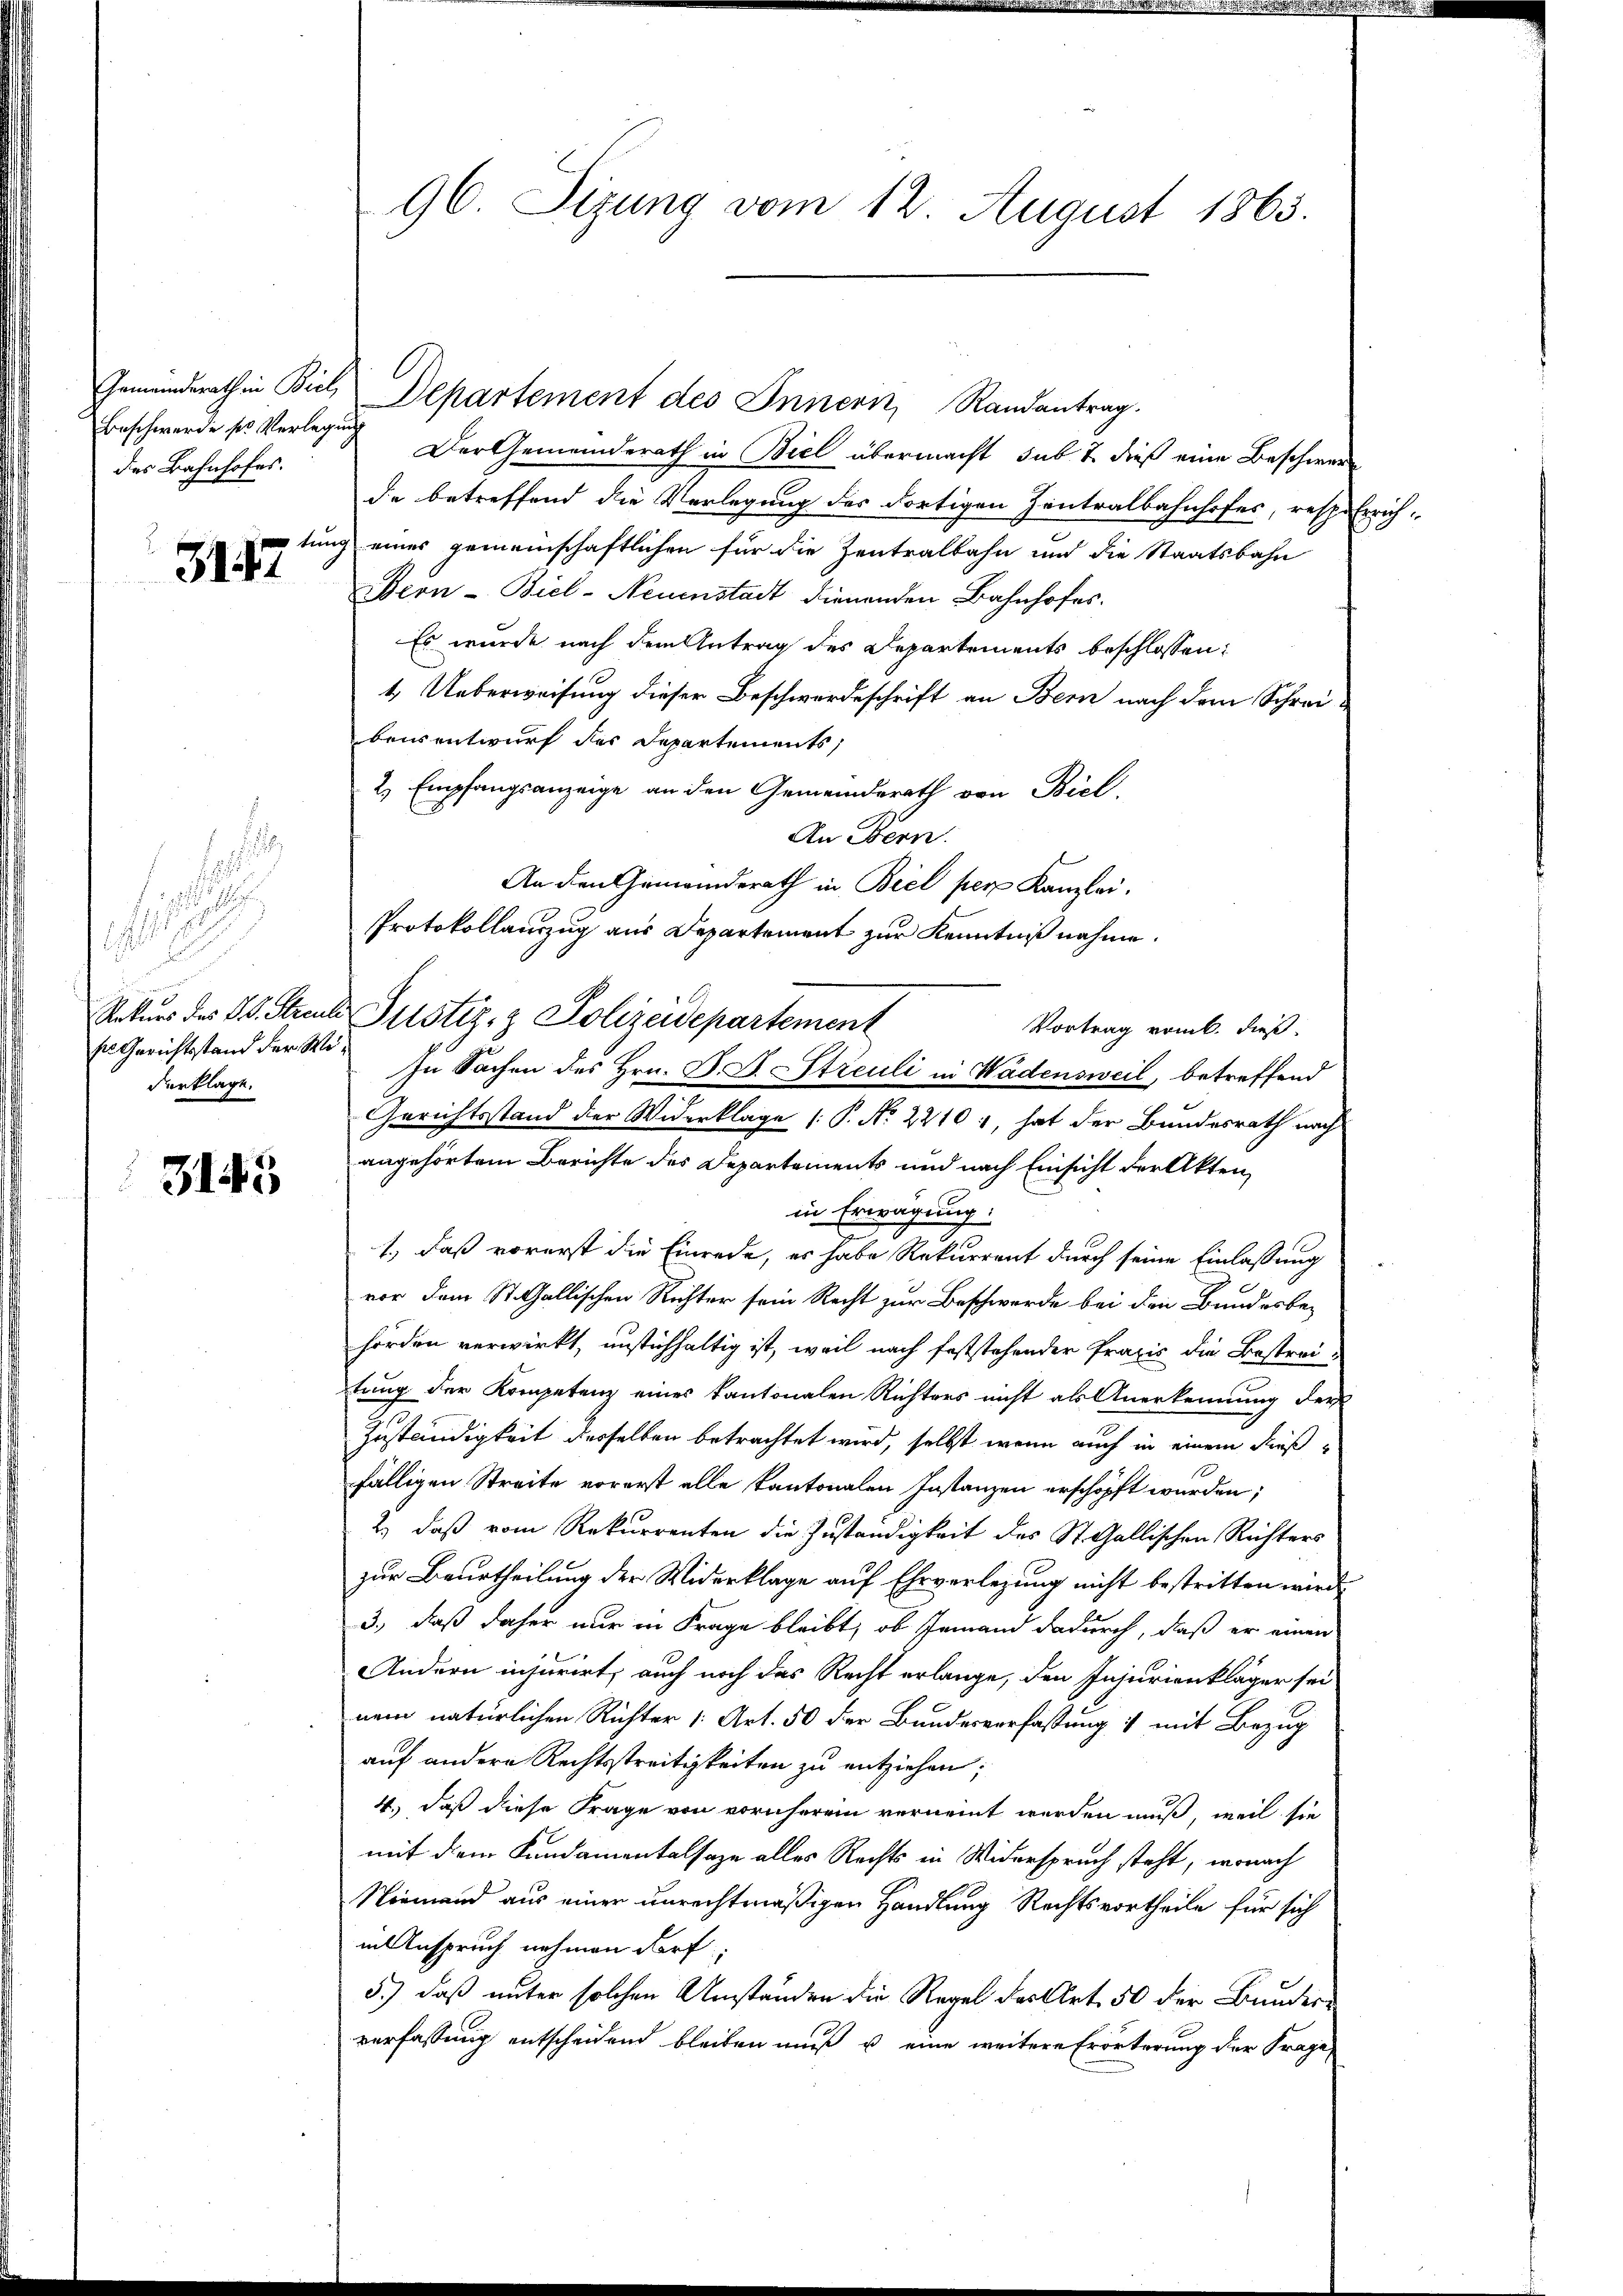
Beschwerde sr Verlegung
des Bahnhofes.

3147

s

i
sn Gerichtsstand der Widerklage.

3145

96. Sizung vom 12. August 1863.

Gemeinderath in Biel, Departement des Innern, Randantrag.
Der Gemeinderath in Biel übermacht, sub 7 dieß eine Beschwere
de betreffend die Verlegung des dortigen Zentralbahnhofes, resp. Errich-
tung eines gemeinschaftlichen für die Zentralbahn und die Staatsbahn
Beon- Biel-Neuenstadt dienenden Bahnhofes
Es wurde nach dem Antrag des Departements beschlossen:
4. Ueberweisung dieser Beschwerdeschrift an Bern nach dem Schreibeusentwurf des Departements,
2. Empfangsanzeige an den Gemeinderath von Biel,
An Bern.
An den Gemeinderath in Biel per Kanzlei.
Protokollauszug aus Departement zur Kenntniß nahme.
Rekurs des L. Streule Justiz- & Polizeidepartement
Vortrag vom 6. dieß
In Sachen des Hrn. B. B. Streuli in Wädensweil, betreffend
Gerichtsstand der Widerklage [P. Nr. 22101, hat der Bundesrath nach
angehörtem Berichte des Departements und nach Einsicht der Akten,
in Erwägung:
1., daß vorerst die Einrede, es habe Rekurrent durch seine Einlassung
vor dem St. Gallischen Richter sein Recht zur Beschwerde bei den Bundesbe-
hörden verwirkt, unstichhaltig ist, weil nach feststehender Praxis die Bestrei-
tung der Kompetenz eines Kantonalen Richters nicht als Anerkennung der
Zuständigkeit derselben betrachtet wird, selbst wenn auch in einem dießfälligen Streite vorerst alle Kantonalen Instanzen erschöpft wurden;
2.) daß vom Rekurrenten die Zuständigkeit des St. Gallischen Richters
zur Beurtheilung der Widerklage auf Ehrverlegung nicht bestritten wird.
3.) daß daher nur in Frage bleibt, ob Jemand dadurch, daß er einen
Andern injurirt, auch noch das Recht erlange, den Injurienkläger sei
nem natürlichen Richter (Art. 50 der Bundesverfassung & mit Bezug
auf andere Rechtsstreitigkeiten zu entziehen;
4.) daß diese Frage von vornherein vernennt werden muß, weil sie
mit dem Kundamentalsaze alles Rechts in Widerspruch steht, wonach
Niemand aus einer unrechtmäßigen Handlung Rechtsvortheile für sich
in Anspruch nehmen dorf;
5.) daß unter solchen Umständen die Regel des Art. 50 der Bunderverfassung entscheidend bleiben muß u. eine weitere Erörterung der Frage